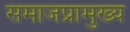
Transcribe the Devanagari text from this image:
समाजप्रामुख्य